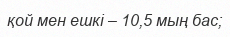
қой мен ешкі – 10,5 мың бас;